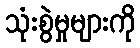
သုံးစွဲမှုများကို